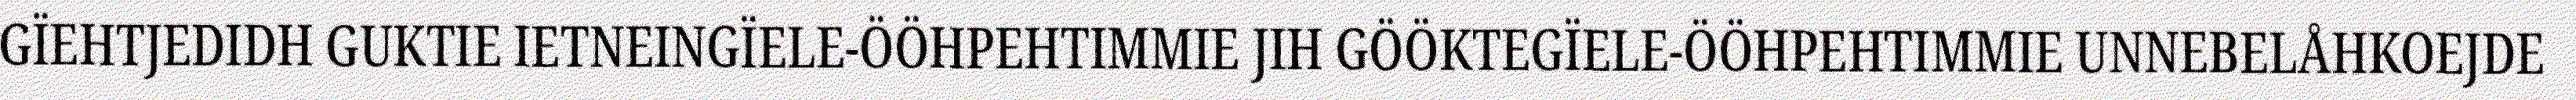
GÏEHTJEDIDH GUKTIE IETNEINGÏELE-ÖÖHPEHTIMMIE JIH GÖÖKTEGÏELE-ÖÖHPEHTIMMIE UNNEBELÅHKOEJDE